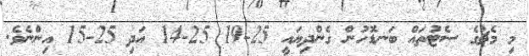
މި މެޗުގެ ސެޓުތައް ބަނޑޮހުން ގެންދިޔައީ 25-19 25-14 އަދި 25-15 އިންނެވެ.